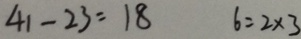
4 1 - 2 3 = 1 8 6 = 2 \times 3